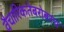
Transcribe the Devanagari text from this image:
वैचारिकतेबरोबरच